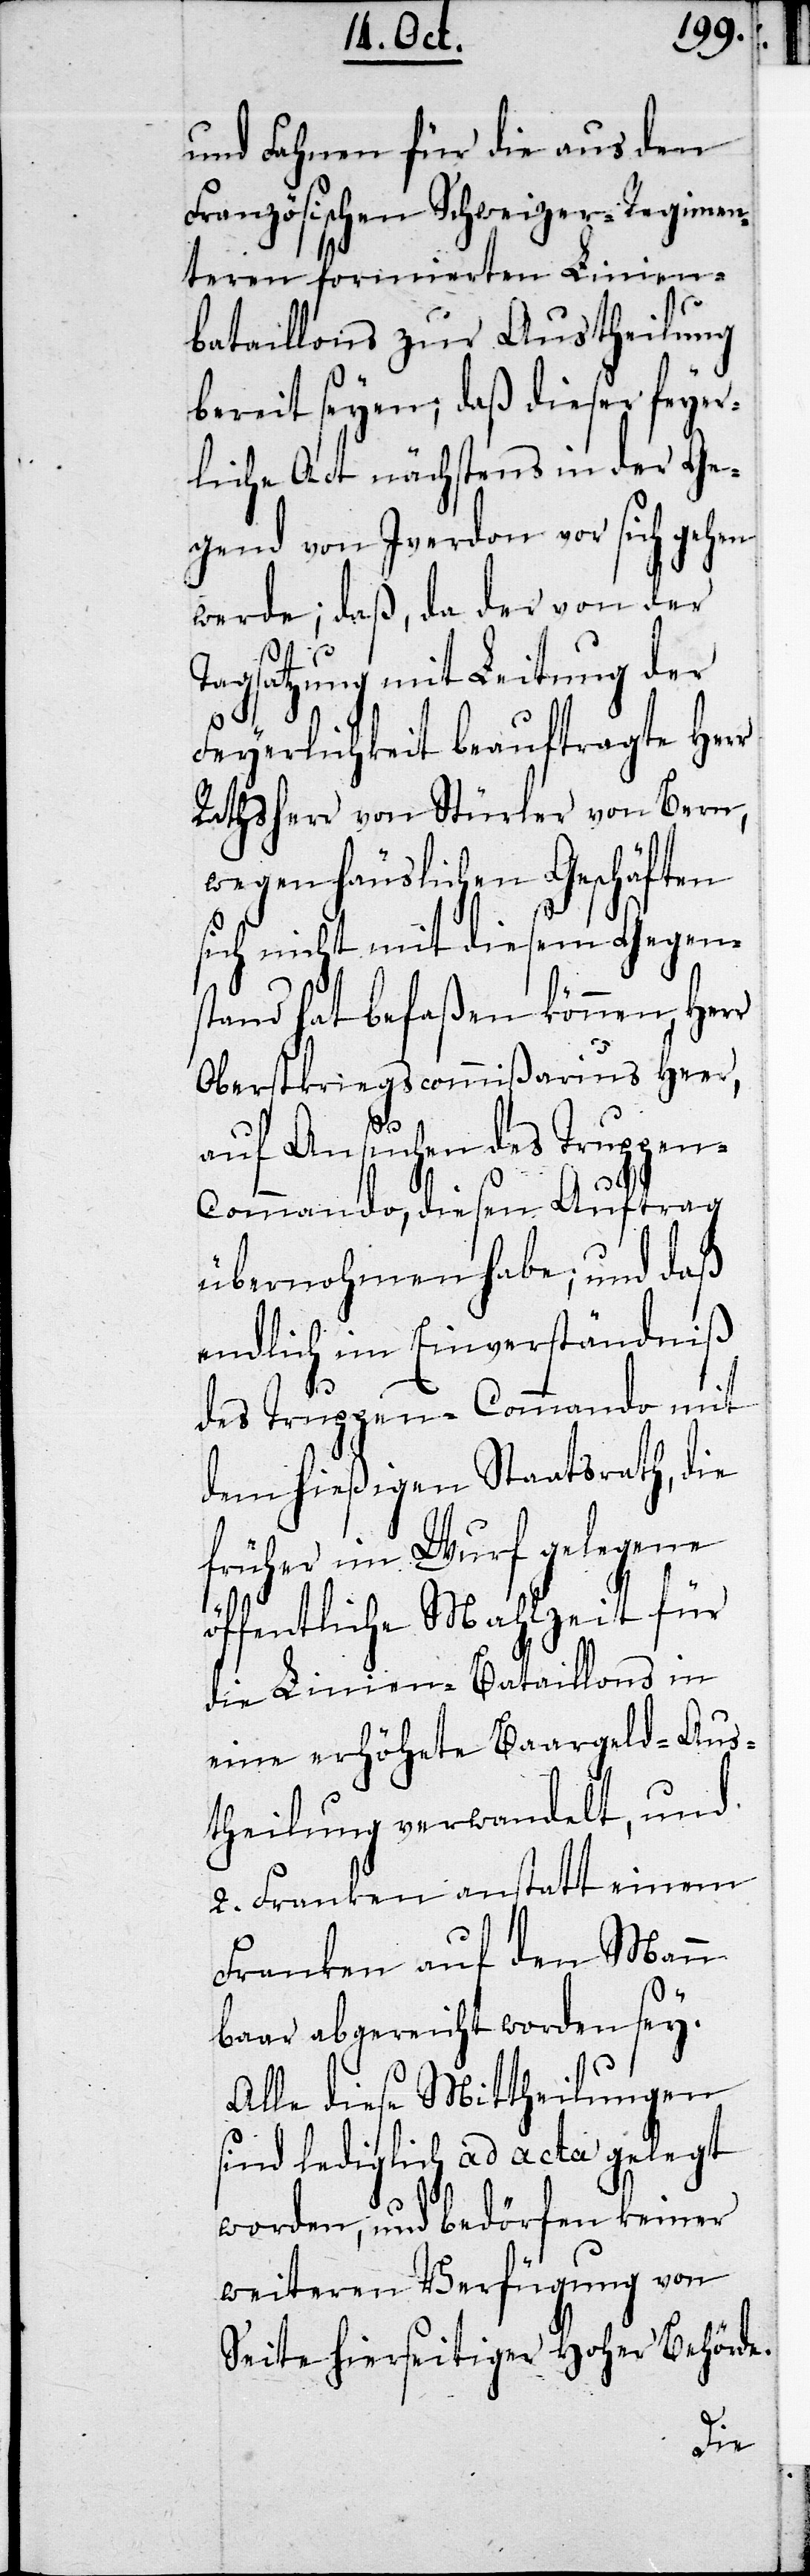
und Fahnen für die aus den
Französischen Schweizer-Regimen¬
teren formierten Linien-B¬
ataillons zur Austheilung
bereit seyen; daß dieser feyer¬
liche Act nächstens in der Ge¬
gend von Iverdon vor sich gehen
werde; daß, da der von der
Tagsatzung mit Leitung der
Feyerlichkeit beauftragte Herr
Rathsherr von Stürler von Bern,
wegen häuslichen Geschäften
sich nicht mit diesem Gegen¬
stand hat befaßen können, Herr
Oberstkriegscommißarius Heer,
auf Ansuchen des Truppen-C¬
ommando, diesen Auftrag
übernohmen habe, und daß
endlich im Einverständniß
des Truppen-Commando mit
dem hießigen Staatsrath, die
früher im Wurf gelegene
öffentliche Mahlzeit für
die Linien-Bataillons in
eine erhöhte Baargeld-Aus¬
theilung verwandelt, und
2. Franken anstatt einen
Franken auf den Mann
baar abgereicht worden sey.
Alle diese Mittheilungen
sind lediglich ad acta gelegt
worden und bedürfen keiner
weiteren Verfügung von
Seite hierseitiger Hoher Behörde.